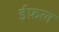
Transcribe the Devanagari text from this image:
ईफ़ल